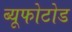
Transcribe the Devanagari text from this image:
ब्यूफोटोड